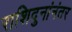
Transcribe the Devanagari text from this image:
राशिदुनांनंतर